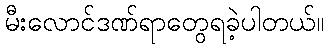
မီးလောင်ဒဏ်ရာတွေရခဲ့ပါတယ်။